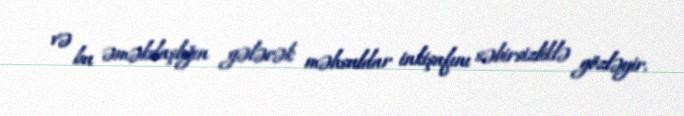
və bu əməkdaşlığın gələcək məhsuldar inkişafını səbirsizliklə gözləyir.